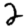
Digit: 2